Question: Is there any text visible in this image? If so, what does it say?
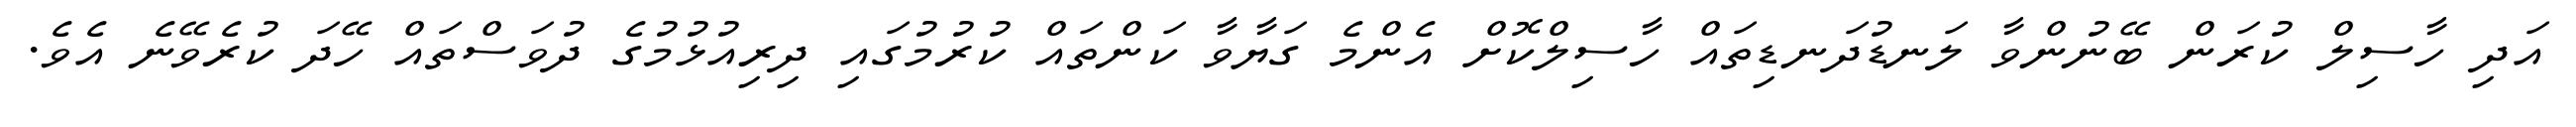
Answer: އަދި ހާސިލް ކުރަން ބޭނުންވާ ލަނޑުދަނޑިތައް ހާސިލްކޮށް އެންމެ ގަޔާވާ ކަންތައް ކުރުމުގައި ދިރިއުޅުމުގެ ދުވަސްތައް ހޭދަ ކުރެވޭނެ އެވެ.